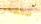
ستشعر